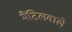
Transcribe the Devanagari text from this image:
मैंटिलवाले